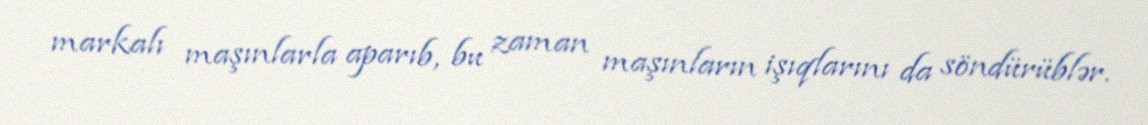
markalı maşınlarla aparıb, bu zaman maşınların işıqlarını da söndürüblər.